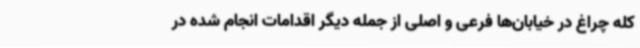
کله چراغ در خیابان‌ها فرعی و اصلی از جمله دیگر اقدامات انجام شده در